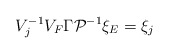
\begin{align*}V^{-1}_jV_F\Gamma {\cal P}^{-1}\xi _E=\xi _j\end{align*}